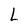
Character: L